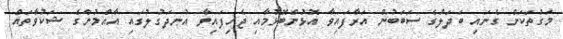
މަގުތަކަށް ގެނައި ބަދަލުގެ ސަބަބުން އަރާފައިވާ އޮޅުންބޮޅުމާއި ޖެހިފައިވާ އުނދަގުލުގައި އާއްމުންގެ ޝަކުވާތައް